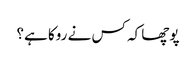
پوچھا کہ کس نے روکا ہے؟